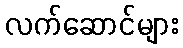
လက်ဆောင်များ